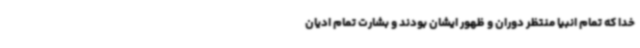
خدا که تمام انبیا منتظر دوران و ظهور ایشان بودند و بشارت تمام ادیان